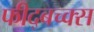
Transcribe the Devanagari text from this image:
फीद्बच्क्स